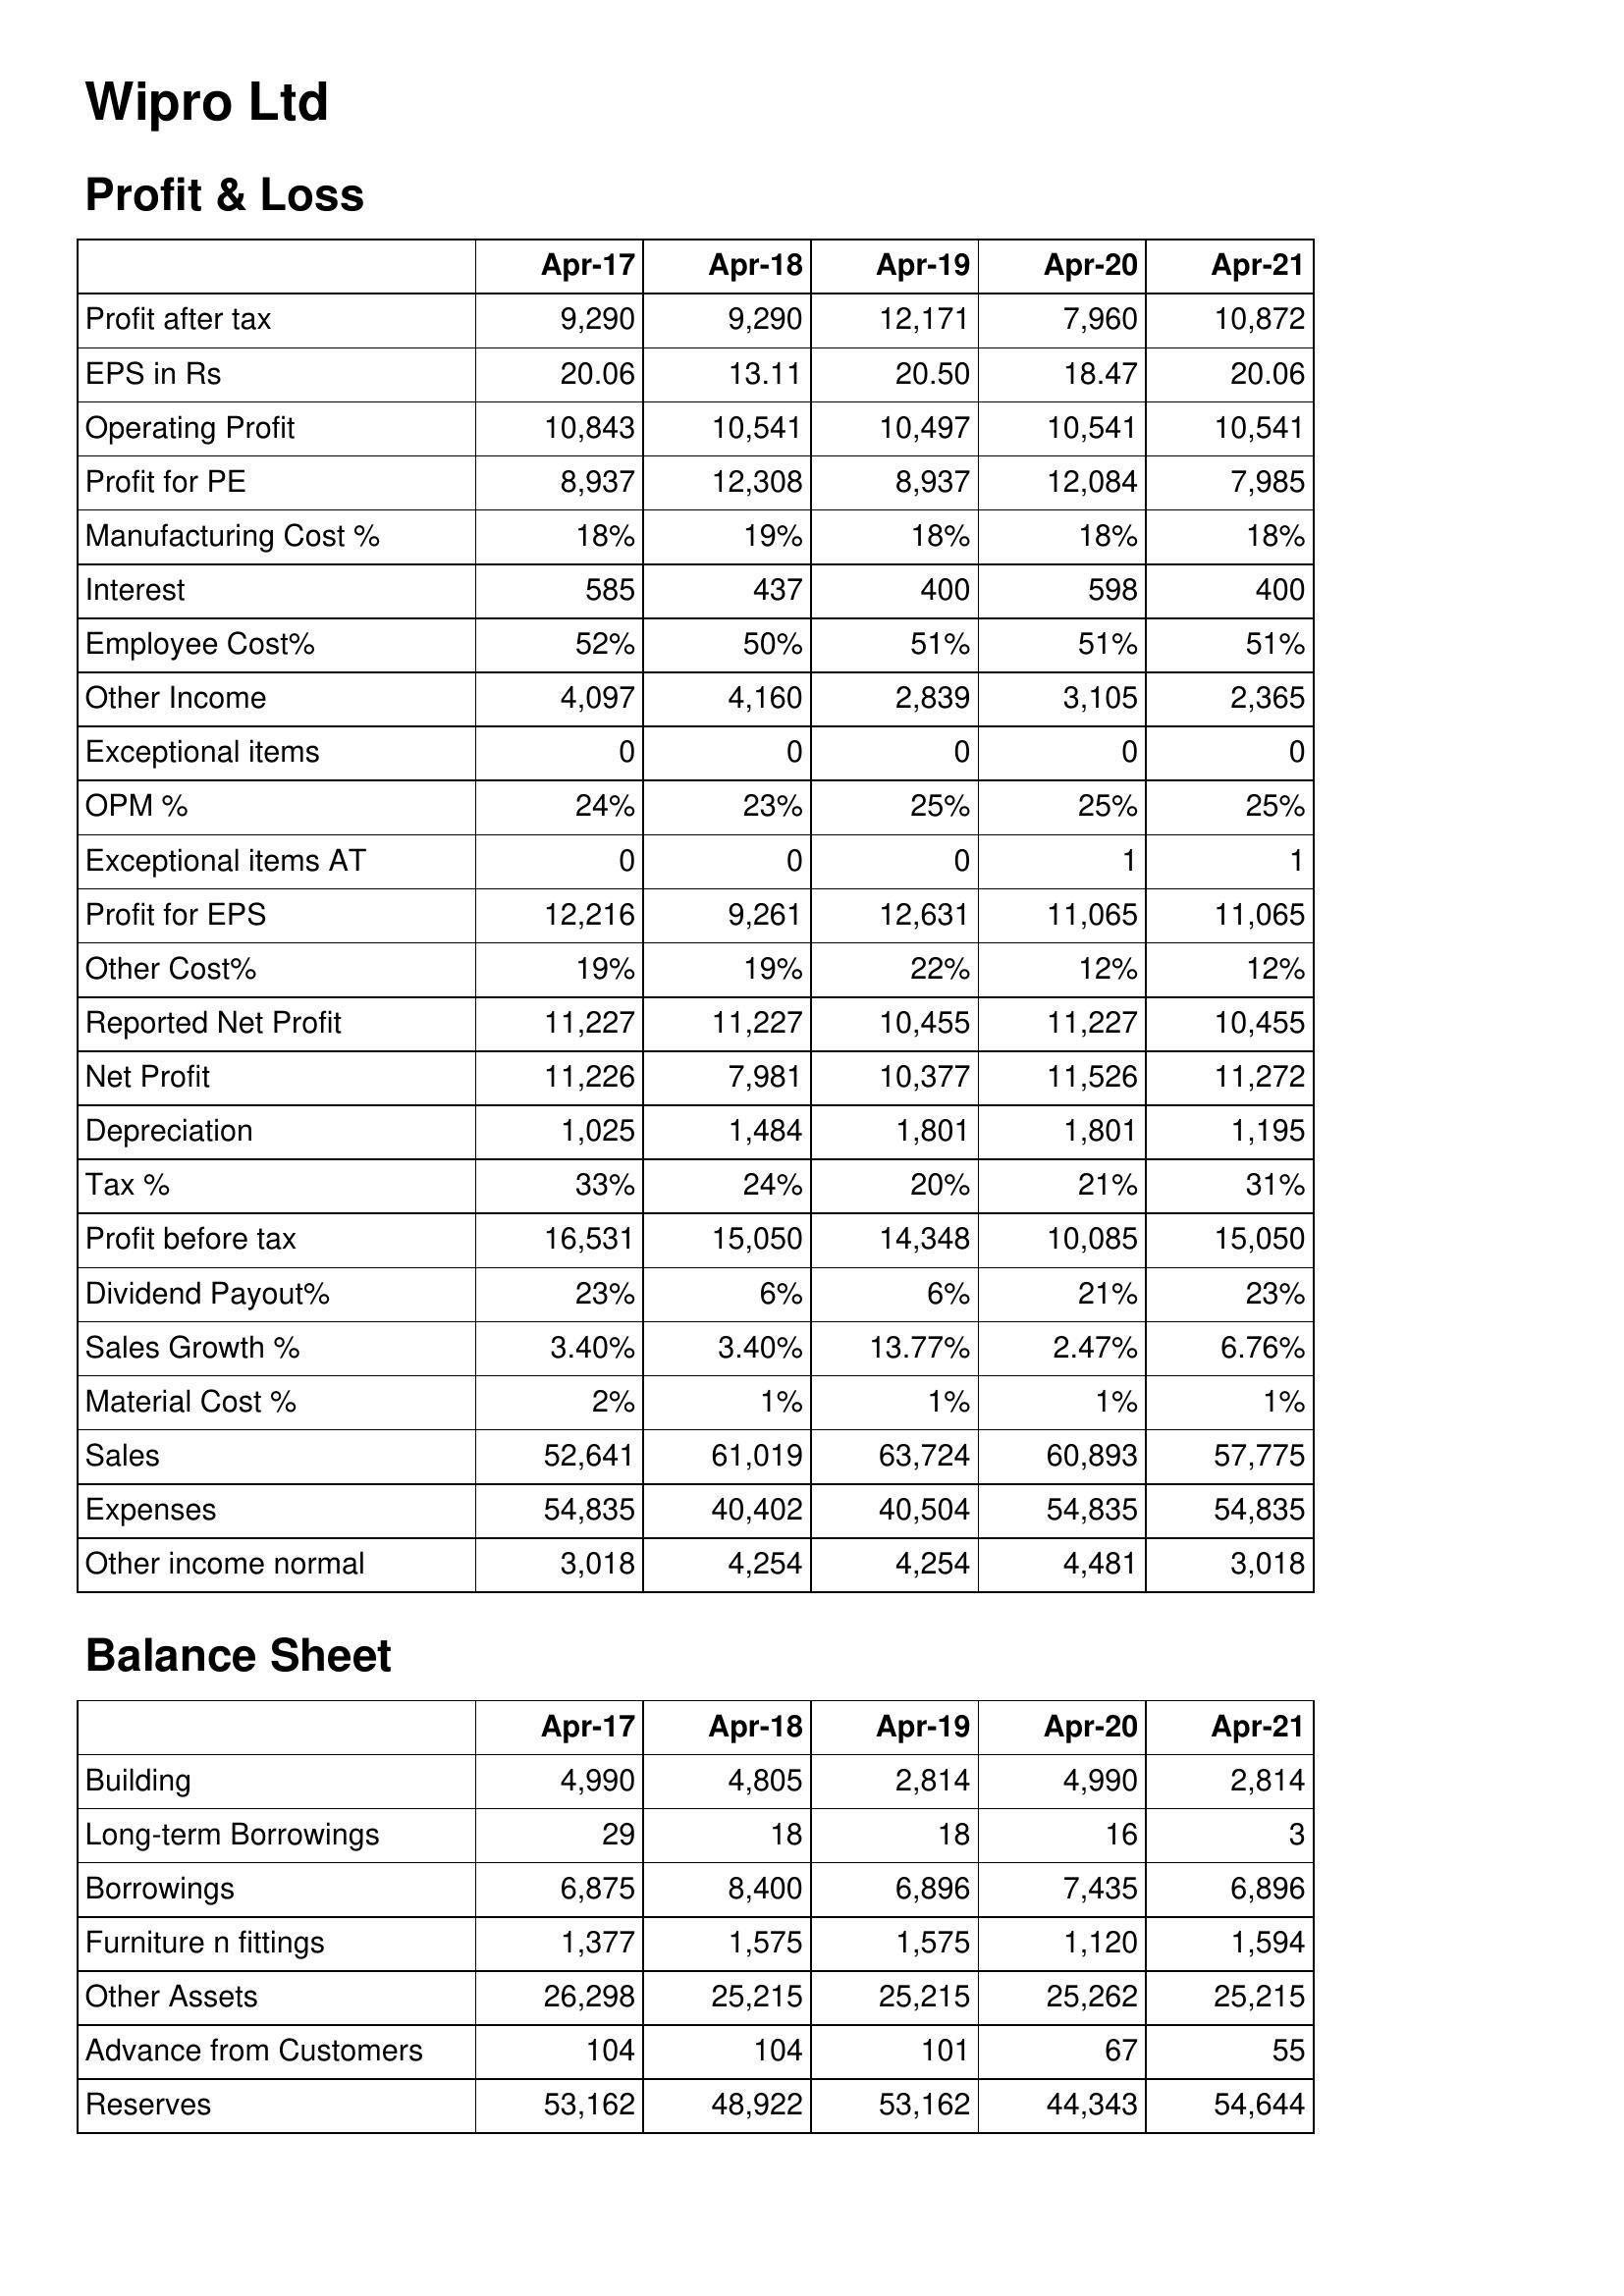
Apr-17: Profit & Loss: Profit after tax: 9,290
EPS in Rs: 20.06
Operating Profit: 10,843
Profit for PE: 8,937
Manufacturing Cost %: 18%
Interest: 585
Employee Cost%: 52%
Other Income: 4,097
Exceptional items: 0
OPM %: 24%
Exceptional items AT: 0
Profit for EPS: 12,216
Other Cost%: 19%
Reported Net Profit: 11,227
Net Profit: 11,226
Depreciation: 1,025
Tax %: 33%
Profit before tax: 16,531
Dividend Payout%: 23%
Sales Growth %: 3.40%
Material Cost %: 2%
Sales: 52,641
Expenses: 54,835
Other income normal: 3,018
Balance Sheet: Building: 4,990
Long-term Borrowings: 29
Borrowings: 6,875
Furniture n fittings: 1,377
Other Assets: 26,298
Advance from Customers: 104
Reserves: 53,162
Apr-18: Profit & Loss: Profit after tax: 9,290
EPS in Rs: 13.11
Operating Profit: 10,541
Profit for PE: 12,308
Manufacturing Cost %: 19%
Interest: 437
Employee Cost%: 50%
Other Income: 4,160
Exceptional items: 0
OPM %: 23%
Exceptional items AT: 0
Profit for EPS: 9,261
Other Cost%: 19%
Reported Net Profit: 11,227
Net Profit: 7,981
Depreciation: 1,484
Tax %: 24%
Profit before tax: 15,050
Dividend Payout%: 6%
Sales Growth %: 3.40%
Material Cost %: 1%
Sales: 61,019
Expenses: 40,402
Other income normal: 4,254
Balance Sheet: Building: 4,805
Long-term Borrowings: 18
Borrowings: 8,400
Furniture n fittings: 1,575
Other Assets: 25,215
Advance from Customers: 104
Reserves: 48,922
Apr-19: Profit & Loss: Profit after tax: 12,171
EPS in Rs: 20.50
Operating Profit: 10,497
Profit for PE: 8,937
Manufacturing Cost %: 18%
Interest: 400
Employee Cost%: 51%
Other Income: 2,839
Exceptional items: 0
OPM %: 25%
Exceptional items AT: 0
Profit for EPS: 12,631
Other Cost%: 22%
Reported Net Profit: 10,455
Net Profit: 10,377
Depreciation: 1,801
Tax %: 20%
Profit before tax: 14,348
Dividend Payout%: 6%
Sales Growth %: 13.77%
Material Cost %: 1%
Sales: 63,724
Expenses: 40,504
Other income normal: 4,254
Balance Sheet: Building: 2,814
Long-term Borrowings: 18
Borrowings: 6,896
Furniture n fittings: 1,575
Other Assets: 25,215
Advance from Customers: 101
Reserves: 53,162
Apr-20: Profit & Loss: Profit after tax: 7,960
EPS in Rs: 18.47
Operating Profit: 10,541
Profit for PE: 12,084
Manufacturing Cost %: 18%
Interest: 598
Employee Cost%: 51%
Other Income: 3,105
Exceptional items: 0
OPM %: 25%
Exceptional items AT: 1
Profit for EPS: 11,065
Other Cost%: 12%
Reported Net Profit: 11,227
Net Profit: 11,526
Depreciation: 1,801
Tax %: 21%
Profit before tax: 10,085
Dividend Payout%: 21%
Sales Growth %: 2.47%
Material Cost %: 1%
Sales: 60,893
Expenses: 54,835
Other income normal: 4,481
Balance Sheet: Building: 4,990
Long-term Borrowings: 16
Borrowings: 7,435
Furniture n fittings: 1,120
Other Assets: 25,262
Advance from Customers: 67
Reserves: 44,343
Apr-21: Profit & Loss: Profit after tax: 10,872
EPS in Rs: 20.06
Operating Profit: 10,541
Profit for PE: 7,985
Manufacturing Cost %: 18%
Interest: 400
Employee Cost%: 51%
Other Income: 2,365
Exceptional items: 0
OPM %: 25%
Exceptional items AT: 1
Profit for EPS: 11,065
Other Cost%: 12%
Reported Net Profit: 10,455
Net Profit: 11,272
Depreciation: 1,195
Tax %: 31%
Profit before tax: 15,050
Dividend Payout%: 23%
Sales Growth %: 6.76%
Material Cost %: 1%
Sales: 57,775
Expenses: 54,835
Other income normal: 3,018
Balance Sheet: Building: 2,814
Long-term Borrowings: 3
Borrowings: 6,896
Furniture n fittings: 1,594
Other Assets: 25,215
Advance from Customers: 55
Reserves: 54,644